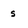
Character: s